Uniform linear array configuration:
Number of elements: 24
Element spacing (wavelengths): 0.5
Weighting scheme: kaiser
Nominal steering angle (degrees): -30
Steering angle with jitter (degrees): -29.714
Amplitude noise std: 0.05
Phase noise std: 0.05

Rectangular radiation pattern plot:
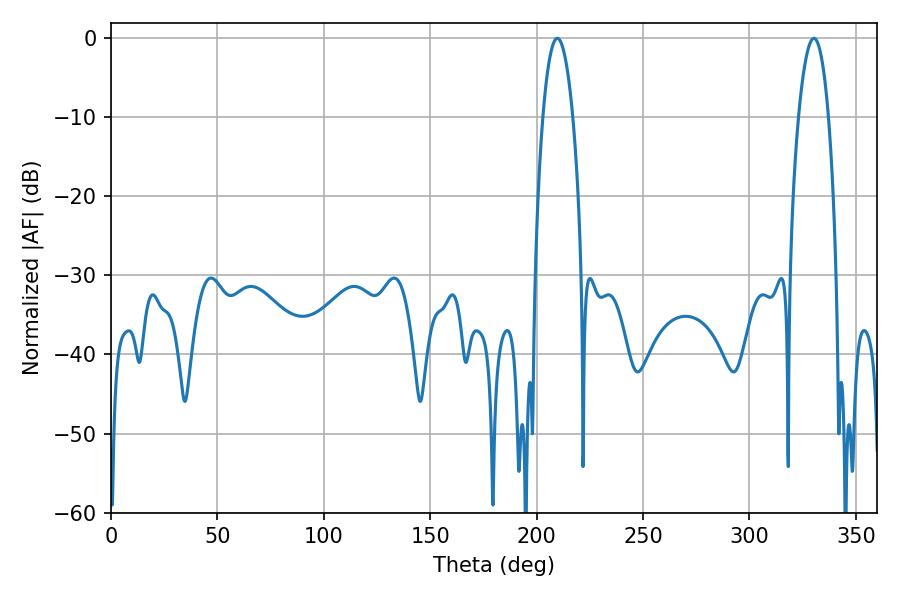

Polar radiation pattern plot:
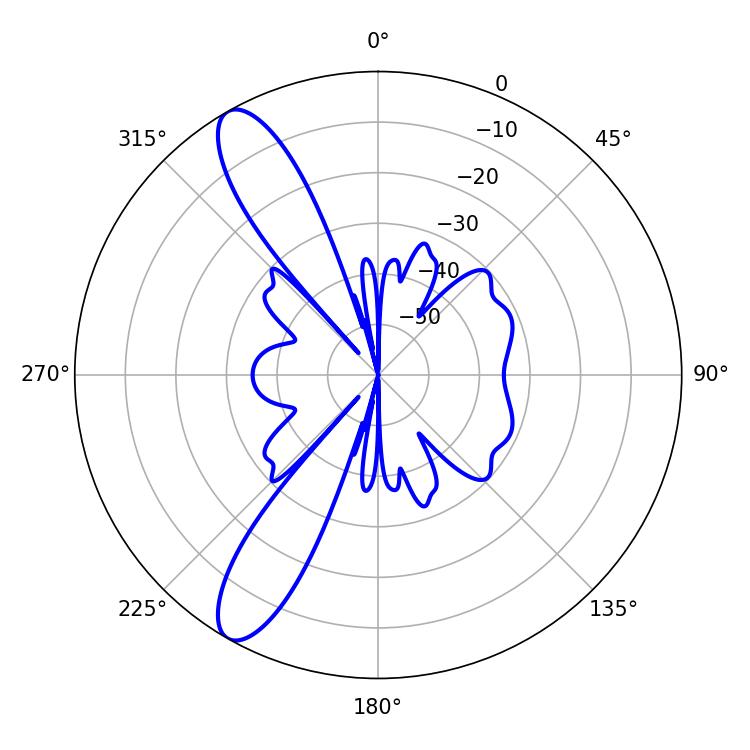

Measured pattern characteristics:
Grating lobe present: FALSE
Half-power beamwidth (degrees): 7.74
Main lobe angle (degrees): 209.7